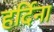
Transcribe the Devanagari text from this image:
हर्दिना